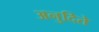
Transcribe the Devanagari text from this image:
अनुदिते